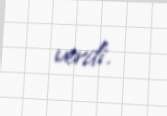
verdi.